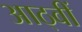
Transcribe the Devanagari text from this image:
आठ्वीं